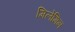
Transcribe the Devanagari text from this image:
मिलेमिन